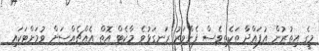
މީގެ އިތުރުން އުފައްދާ ތަކެތިވެސް ފެންވަރު ރަނގަޅުވެ މާކެޓް އޮތް އެއްޗެއްސަށް ވުމަށްޓަކައި